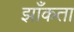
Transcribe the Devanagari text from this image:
झाँकता